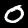
Label: 0